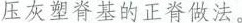
压灰塑脊基的正脊做法。